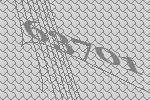
63701